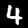
Label: 4